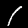
Digit: 1